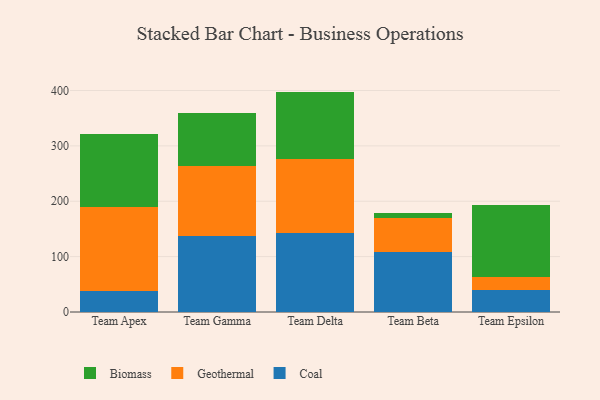
{"axis": {"x": "Team", "y": "Revenue (USD Million)"}, "legend": ["Biomass", "Coal", "Geothermal"], "data": [{"x": "Team Apex", "y": 37.3, "type": "Coal"}, {"x": "Team Apex", "y": 153.0, "type": "Geothermal"}, {"x": "Team Apex", "y": 130.8, "type": "Biomass"}, {"x": "Team Gamma", "y": 137.3, "type": "Coal"}, {"x": "Team Gamma", "y": 125.9, "type": "Geothermal"}, {"x": "Team Gamma", "y": 96.0, "type": "Biomass"}, {"x": "Team Delta", "y": 142.4, "type": "Coal"}, {"x": "Team Delta", "y": 133.4, "type": "Geothermal"}, {"x": "Team Delta", "y": 122.2, "type": "Biomass"}, {"x": "Team Beta", "y": 109.2, "type": "Coal"}, {"x": "Team Beta", "y": 61.1, "type": "Geothermal"}, {"x": "Team Beta", "y": 7.6, "type": "Biomass"}, {"x": "Team Epsilon", "y": 40.0, "type": "Coal"}, {"x": "Team Epsilon", "y": 23.4, "type": "Geothermal"}, {"x": "Team Epsilon", "y": 130.4, "type": "Biomass"}]}